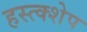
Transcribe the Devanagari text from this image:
हस्त्क्शेप